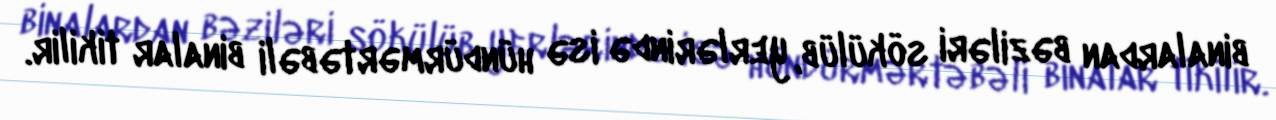
binalardan bəziləri sökülüb, yerlərində isə hündürmərtəbəli binalar tikilir.